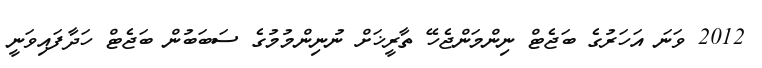
2012 ވަނަ އަހަރުގެ ބަޖެޓް ނިންމަންޖެހޭ ތާރީޚަށް ނުނިންމުމުގެ ސަބަބުން ބަޖެޓް ހަދާފައިވަނީ